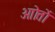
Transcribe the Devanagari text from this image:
आोतों